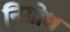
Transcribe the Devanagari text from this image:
निग्रोध